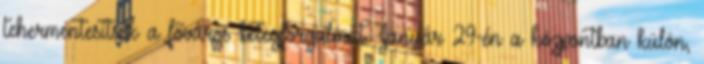
tehermentesítsék a főváros betegforgalmát. Január 29-én a központban külön,